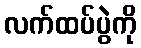
လက်ထပ်ပွဲကို